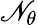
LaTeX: \mathscr{N}_{\theta}